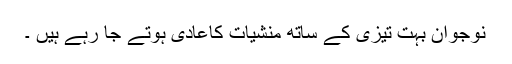
نوجوان بہت تیزی کے ساتھ منشیات کاعادی ہوتے جا رہے ہیں ۔